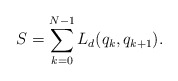
\begin{align*}S=\sum_{k=0}^{N-1} L_d(q_k,q_{k+1}).\end{align*}